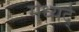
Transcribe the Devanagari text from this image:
मध्यर्द्